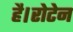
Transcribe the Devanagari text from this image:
है।रोटेन